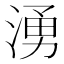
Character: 湧